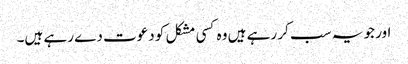
اور جو یہ سب کر رہے ہیں وہ کسی مشکل کو دعوت دے رہے ہیں۔